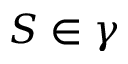
S \in \gamma